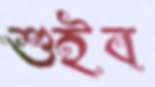
শুইব